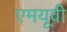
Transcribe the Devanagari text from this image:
एमयूवी